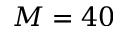
M = 4 0